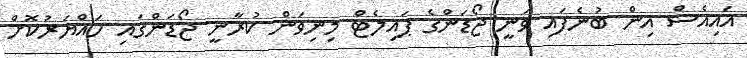
އައިއެސް އިން ބުނެފައި ވަނީ ޖޯޑަންގެ ޕައިލެޓް މިނިވަން ކުރާނީ ޖޯޑަންގައި ހައްޔަރުކޮށް